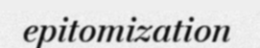
epitomization